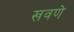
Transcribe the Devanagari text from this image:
खवणे